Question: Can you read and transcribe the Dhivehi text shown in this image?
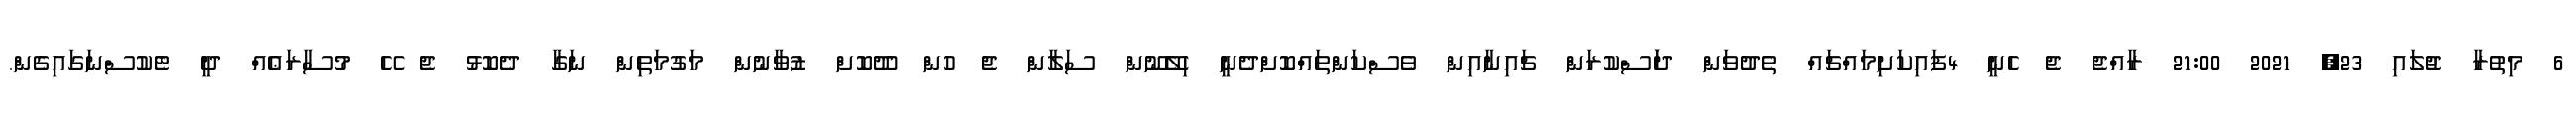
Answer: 6 މިތުރާ ޖުލައި 23, 2021 21:00 ރާއްޖެ ޖެ ހެނީ 4ފައިކަށިމައްޗައް ތެދުވަން ދަަސްކުރަން ޗައިނާއިން ވެސްކަންތައްކޮށްދެނީ ހިލޭނޫން ސަލާން ޖެ ހުން ދޫކޮށް ޒުވާނުން މަގުމަތިން ނަގާ ދެކޮޅު ޖެ ހޭ މުސާރަޢެއް ދީ ޓެކުސްނަގައިގެން.